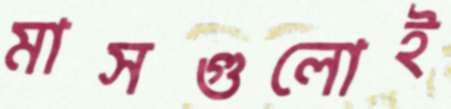
মাসগুলোই